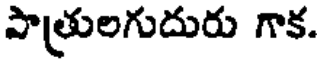
పాత్రులగుదురు గాక.